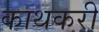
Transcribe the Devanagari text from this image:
काथकरी